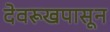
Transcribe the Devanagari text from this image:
देवरूखपासून